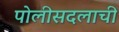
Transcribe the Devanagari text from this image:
पोलीसदलाची